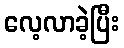
လေ့လာခဲ့ပြီး